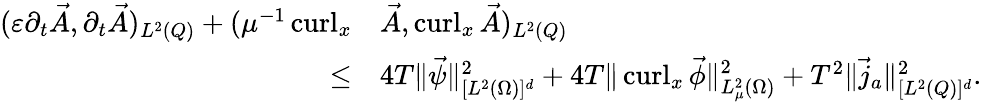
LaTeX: \begin{array}{rl}{(\varepsilon\partial_{t}\vec{A},\partial_{t}\vec{A})_{L^{2}(Q)}+(\mu^{-1}\operatorname{curl}_{x}}&{\vec{A},\operatorname{curl}_{x}\vec{A})_{L^{2}(Q)}}\\ {\leq}&{4T\| \vec{\psi}\| _{[L^{2}(\Omega)]^{d}}^{2}+4T\| \operatorname{curl}_{x}\vec{\phi}\| _{L_{\mu}^{2}(\Omega)}^{2}+T^{2}\| \vec{j}_{a}\| _{[L^{2}(Q)]^{d}}^{2}.}\end{array}